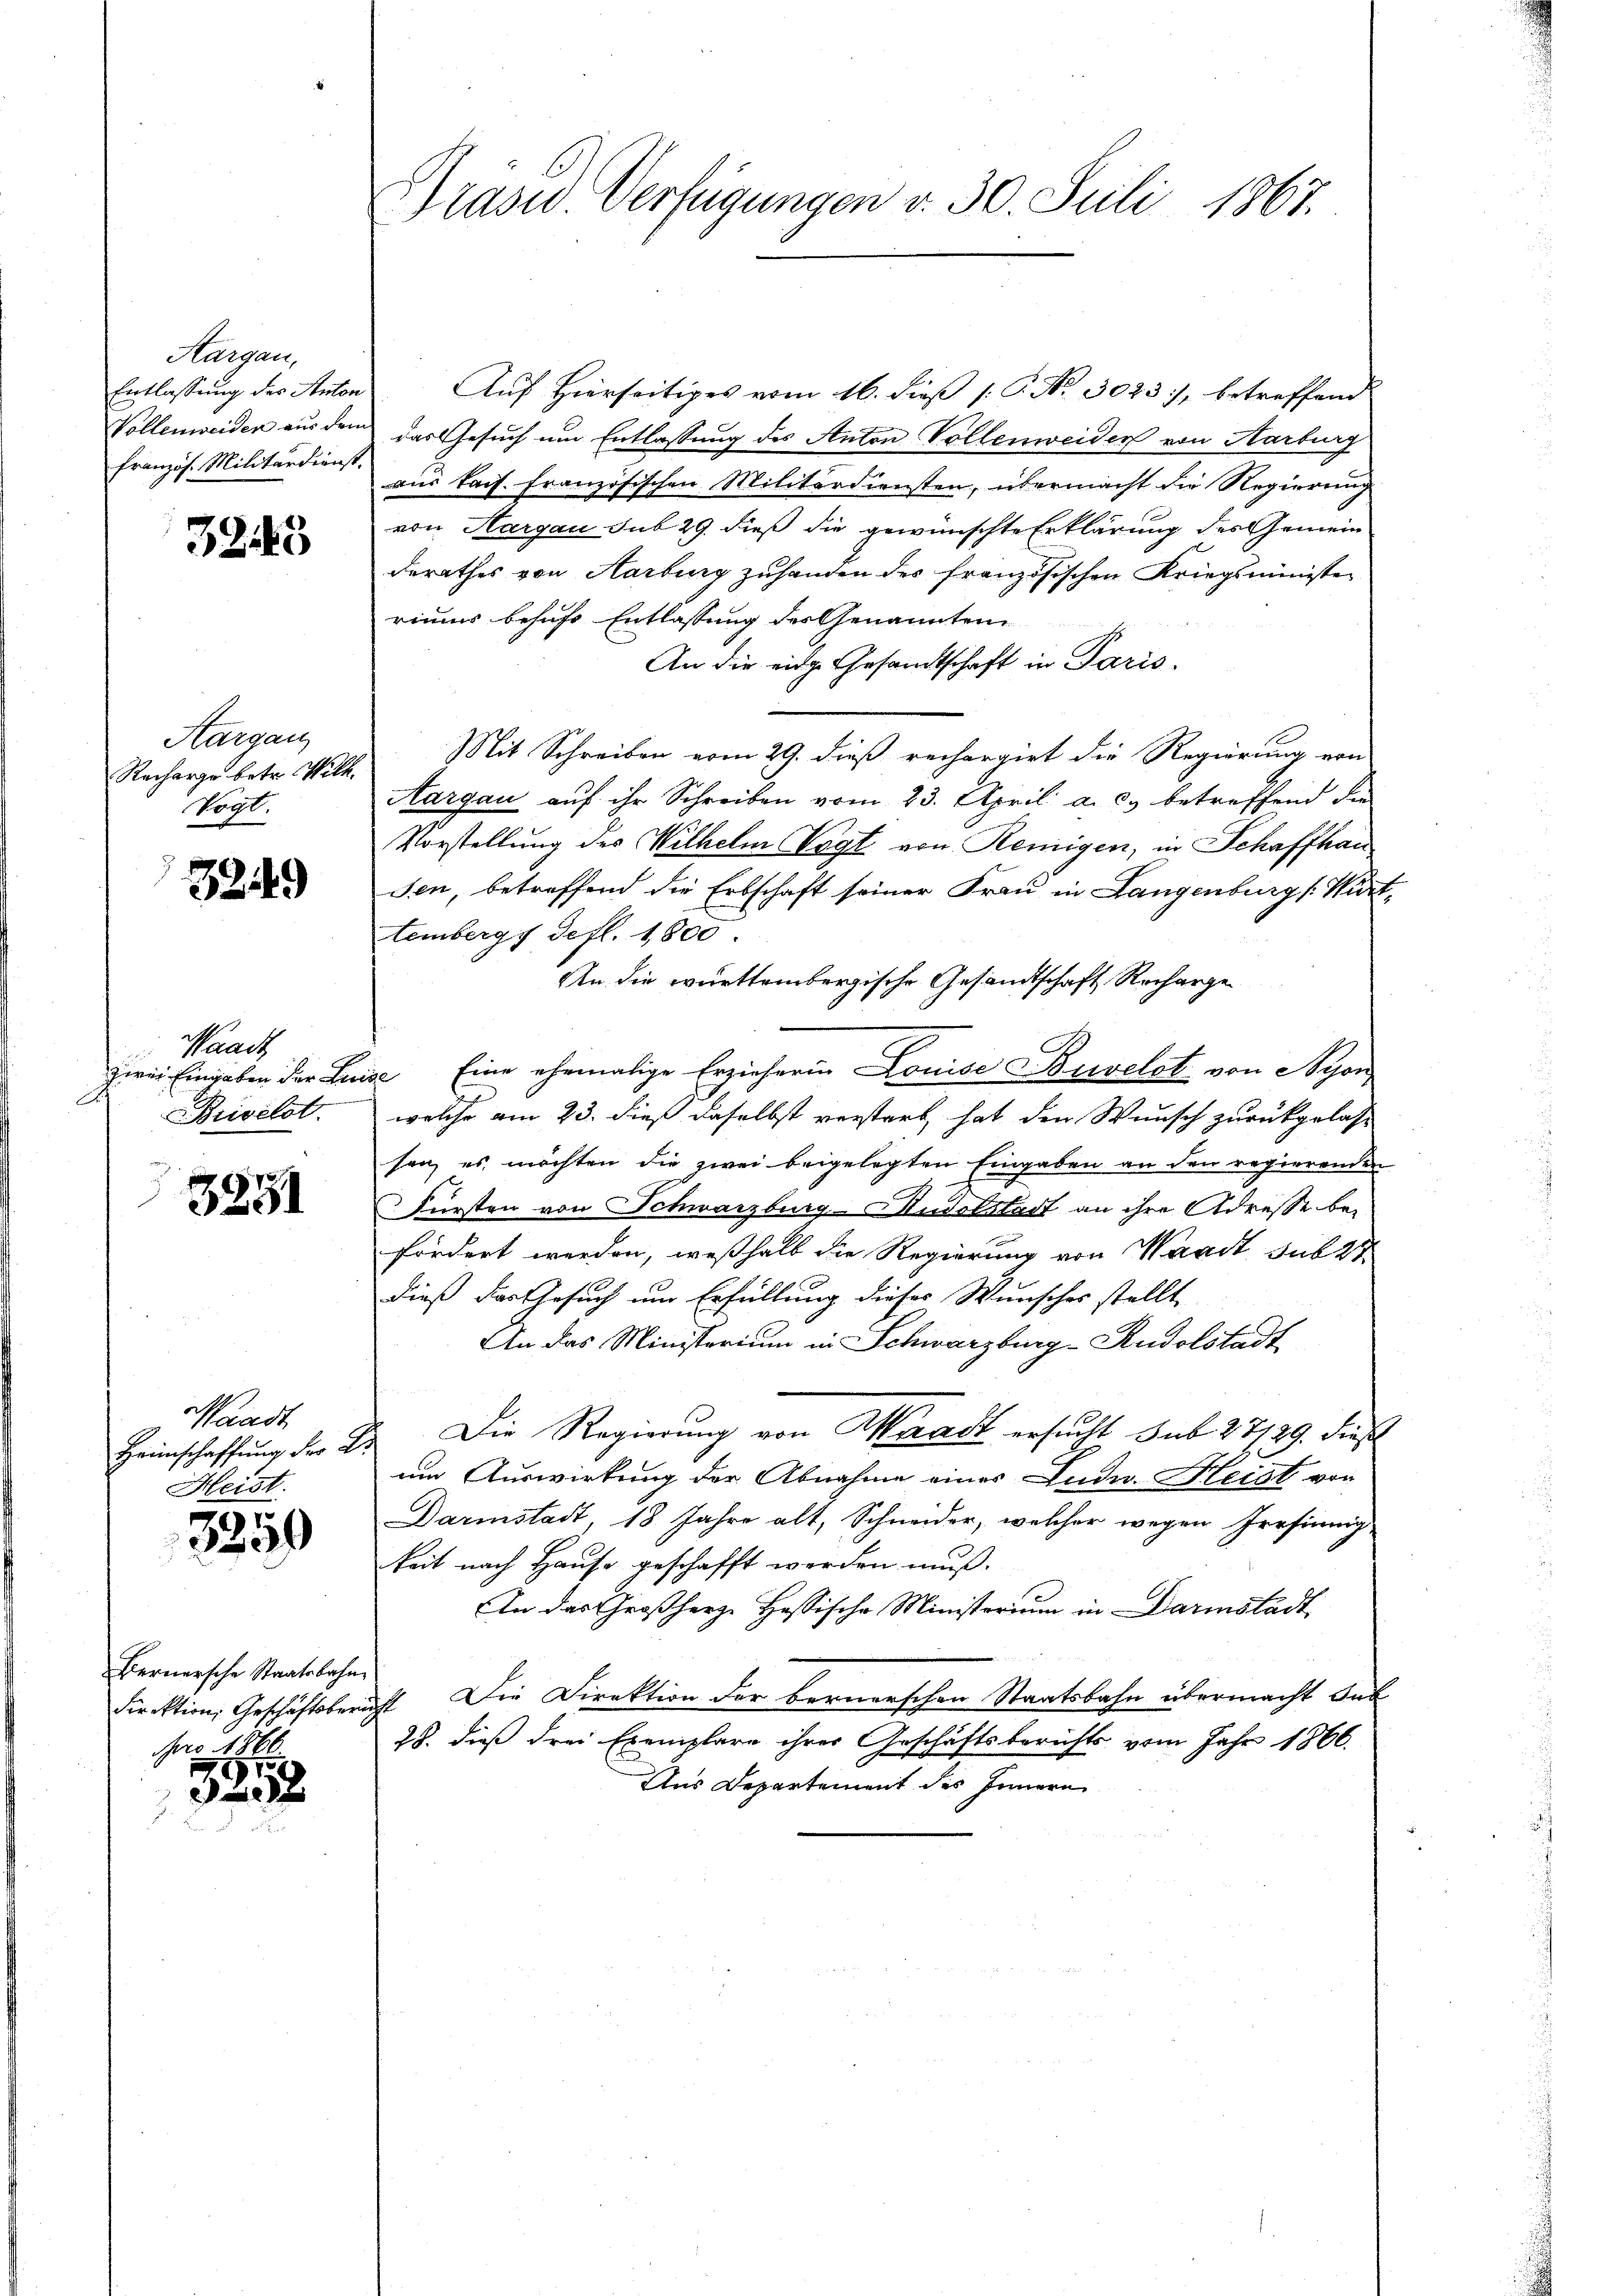
Aargau,
Entlassung des Anton
Vollenweiden aus dem
französ. Militärdienst

3243

Kargau,
Recharge betr. Wilh.
Vogt.

3249

Waadt
zwei Eingaben der Lei
Brivilst.

3231

Waadt
Heimschaffung der L.
Heist.

3350

Bernersche Staatsbahn
Nro 1866
7

320 x

Präsid. Verfügungen v. 30. Juli 1867.

Auf Hierseitiges vom 16. dieß P. No. 3023), betreffend
das Gesuch um Entlassung des Anton Vollenweider von Harburg
aus kais. Französischen Militärdiensten, übermacht die Regierung
von Aargau sub 29. dieß die gewünschte Erklärung des Gemeinderathes von Aarburg zuhanden des französischen Kriegsminister
riums besuche Entlassung des Genannten
An die eige Gesandtschaft in Paris.
Mit Schreiben vom 29. dieß rechargirt die Regierung von
Aargau auf ihr Schreiben vom 23. April a. c. betreffend die
Vorstellung des Wilhelm Vogt von Remigen, in Schaffhau
sen, betreffend die Erbschaft seiner Frau in Langenburg [Wittembergs defl. 1800.
An die württembergische Gesandtschaft Recharge
ese Eine ehemalige Erzieherin Louise Bewelet von Nyon
welche am 23. dieß daselbst verstarb, hat den Wunsch zurückgelass
sen, es möchten die zwei beigelegten Eingaben an den regierenden
Fürsten von Schwarzburg-Audotstadt an ihre Adresse befordert werden, weßhalb die Regierung von Waadt sub 27
dieß das Gesuch um Erfüllung dieses Wunsches stellt
An das Ministerium in Schwarzburg-Rudolstadt
 Die Regierung von Waadt ersucht sub 27729. dies
um Auswirkung der Abnahme einer Ludw. Heist von
Darmstadt, 18 Jahre alt, Schneider, welcher wegen Irrsinnig
keit nach Hause geschafft werden muß.
In das Großherze Hassische Ministorium in Darmstadt
Direktion, Geschäftsbericht. Die Direktion der bernerschen Staatsbahn übermacht dur
28. dieß drei Exemplare ihrer Geschäftsberichts vom Jahr 1866.
Aus Departement des Innern